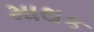
માથક